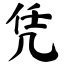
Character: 凭